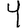
Digit: 4